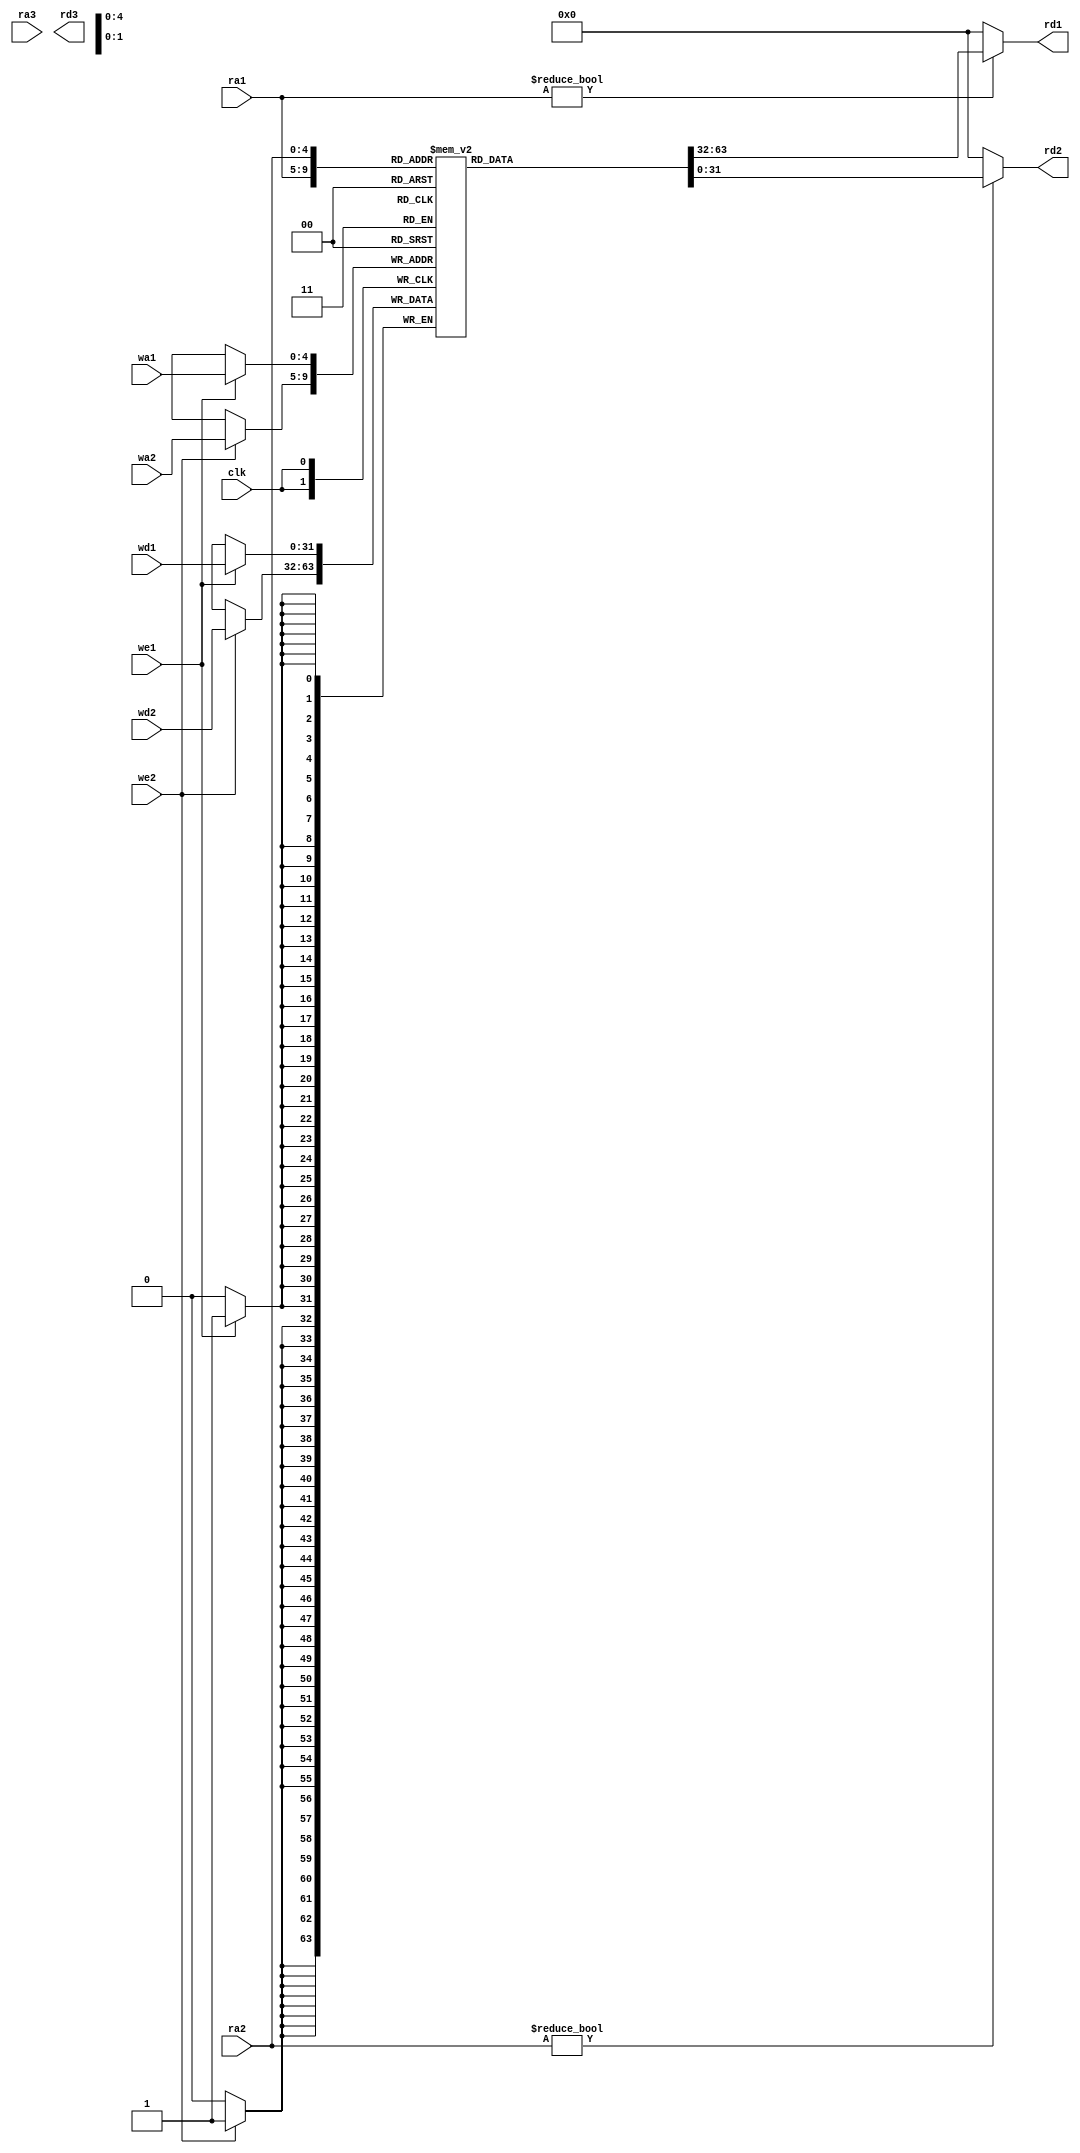
`timescale 1ns / 1ps


module regfile(
 input clk,                  // Clock
 input we1,we2,              // Write enabled control signals
 input [4:0] ra1, ra2, ra3,  // Read address ports 
 input [31:0] wd1,wd2,       // Write data ports
 input [4:0] wa1,wa2,       // Write address for data port
 output [31:0] rd1, rd2, rd3); // Read data ports
    
  
reg [31:0] RF[31:0];    
    
always @(posedge clk)    

begin
    if(we1) RF[wa1] <= wd1;
    if(we2) RF[wa2] <= wd2;
end

    assign rd1 = (ra1 != 0) ? RF[ra1] : 0;
    assign rd2 = (ra2 != 0) ? RF[ra2] : 0;
    
    
    
endmodule